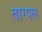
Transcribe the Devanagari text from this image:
तारपल